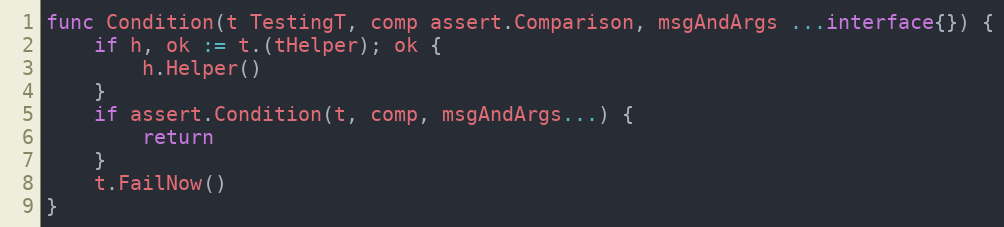
Language: Go
func Condition(t TestingT, comp assert.Comparison, msgAndArgs ...interface{}) {
	if h, ok := t.(tHelper); ok {
		h.Helper()
	}
	if assert.Condition(t, comp, msgAndArgs...) {
		return
	}
	t.FailNow()
}